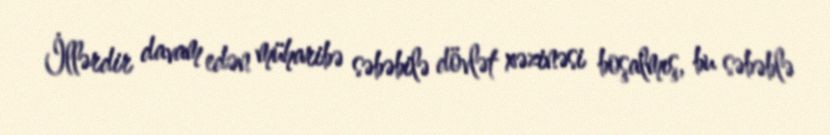
İllərdir davam edən müharibə səbəbilə dövlət xəzinəsi boşalmış, bu səbəblə